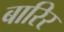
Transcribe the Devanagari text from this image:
बारिर